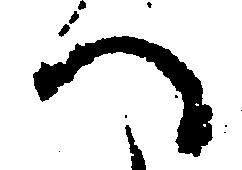
へ